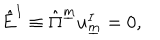
\hat { E } ^ { I } \equiv \hat { \Pi } ^ { \underline { { { m } } } } u _ { \underline { { { m } } } } ^ { I } = 0 , \qquad